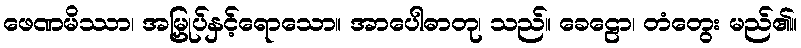
ဖေဏမိဿာ၊ အမြှုပ်နှင့်ရောသော။ အာပေါဓာတု၊ သည်။ ခေဠော၊ တံတွေး မည်၏။